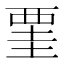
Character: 䙵